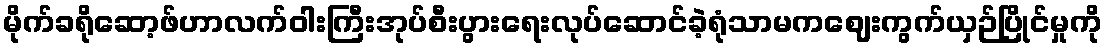
မိုက်ခရိုဆော့ဖ်ဟာလက်ဝါးကြီးအုပ်စီးပွားရေးလုပ်ဆောင်ခဲ့ရုံသာမကဈေးကွက်ယှဉ်ပြိုင်မှုကို